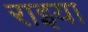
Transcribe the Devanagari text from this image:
राइया